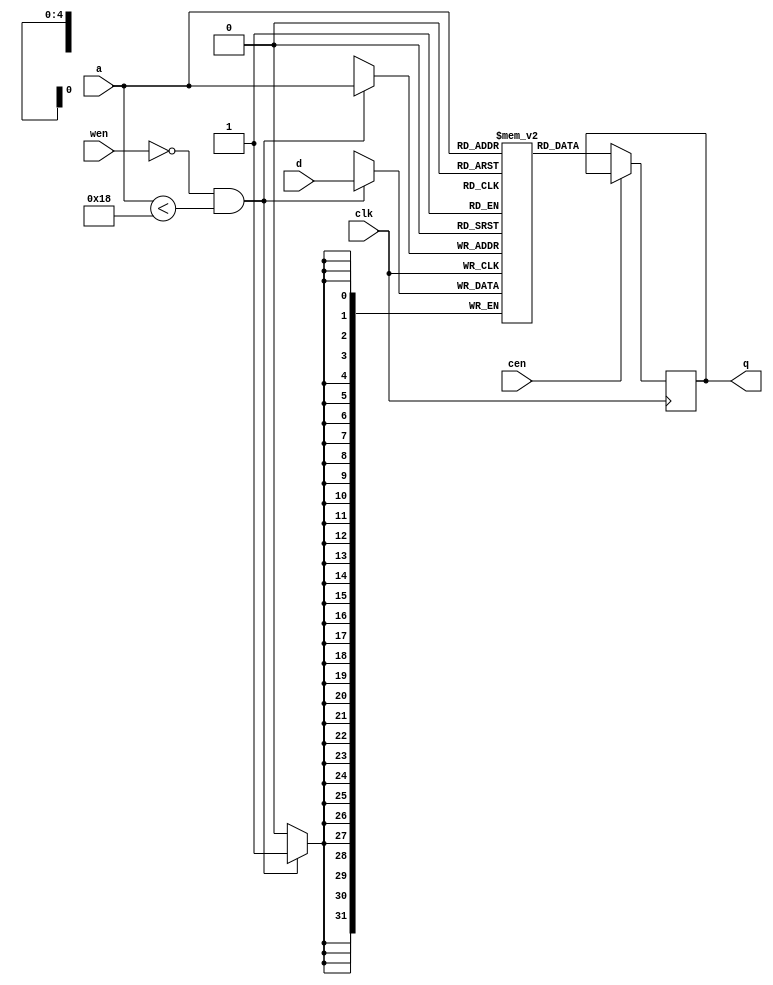
// Copyright (c) 2018  Lulinchen, All Rights Reserved
// AUTHOR'S EMAIL : lulinchen@aliyun.com 
// Release history
// VERSION Date AUTHOR DESCRIPTION

module bhv_1p_sram #
	(
	parameter  WWORD = 32,
	parameter  WADDR =  5,
	parameter  DEPTH = 24
	)
	(
	input						clk,
	output reg		[WWORD-1:0]	q,
	input			[WADDR-1:0]	a,
	input						cen,
	input			[WWORD-1:0]	d,
	input						wen
	);

	reg				[WWORD-1:0]	mem[0:((1<<WADDR)-1)];
	always @(posedge clk) if (!cen) q <= #0.5 mem[a];
	always @(posedge clk) if (!wen && a < DEPTH) mem[a] <= #0.5 d;
endmodule